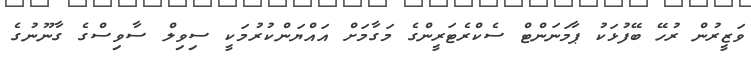
ވަޒީރުން ރުހޭ ބޭފުޅަކު ޕާމަނަންޓް ސެކްރެޓަރީންގެ މަގާމަށް އައްޔަންކުރުމަކީ ސިވިލް ސާވިސްގެ ގާނޫނުގެ